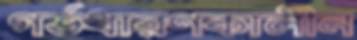
গর্ভধারণকালীন